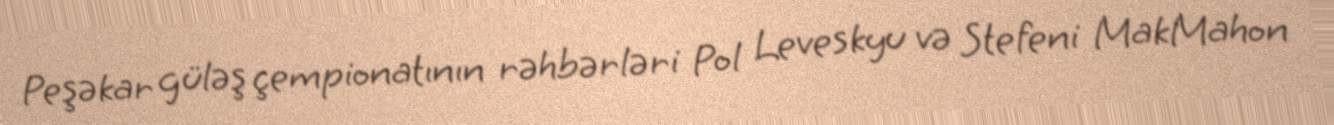
Peşəkar güləş çempionatının rəhbərləri Pol Leveskyu və Stefeni MakMahon